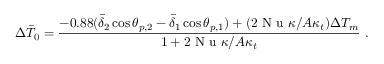
\Delta \bar { T } _ { 0 } = \frac { - 0 . 8 8 ( \bar { \delta } _ { 2 } \cos \theta _ { p , 2 } - \bar { \delta } _ { 1 } \cos \theta _ { p , 1 } ) + ( 2 \mathrm { ~ N ~ u ~ } \kappa / A \kappa _ { t } ) \Delta T _ { m } } { 1 + 2 \mathrm { ~ N ~ u ~ } \kappa / A \kappa _ { t } } \ .